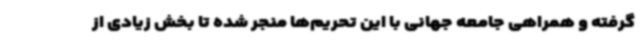
گرفته و همراهی جامعه جهانی با این تحریم‌ها منجر شده تا بخش زیادی از